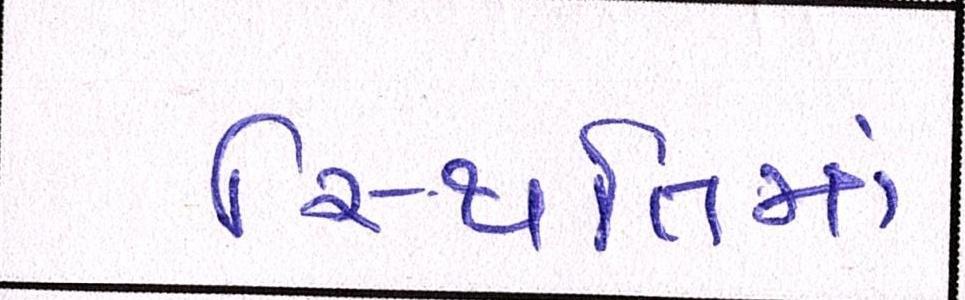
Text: સ્થિતિમાં